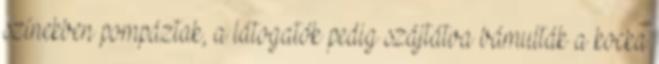
színekben pompáztak, a látogatók pedig szájtátva bámulták a kocka